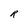
Character: R